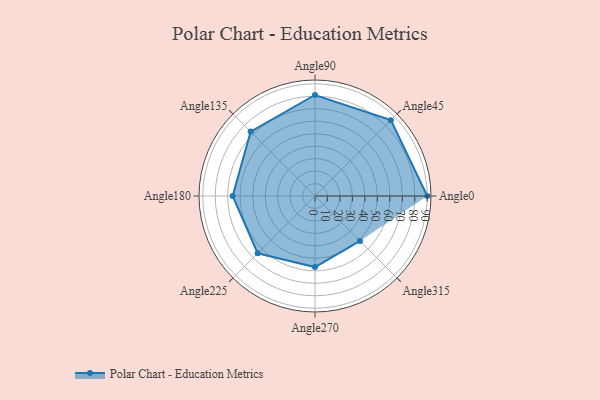
{"axis": {"x": "Angle", "y": "Radius"}, "legend": [""], "data": [{"x": "Angle0", "y": 90.0, "type": ""}, {"x": "Angle45", "y": 86.0, "type": ""}, {"x": "Angle90", "y": 81.0, "type": ""}, {"x": "Angle135", "y": 73.0, "type": ""}, {"x": "Angle180", "y": 66.0, "type": ""}, {"x": "Angle225", "y": 65.0, "type": ""}, {"x": "Angle270", "y": 57.0, "type": ""}, {"x": "Angle315", "y": 51.0, "type": ""}]}